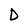
Character: D